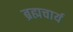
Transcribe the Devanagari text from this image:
ब्रह्मचार्य